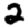
Digit: 2